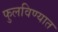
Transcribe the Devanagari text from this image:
फुलविण्यात